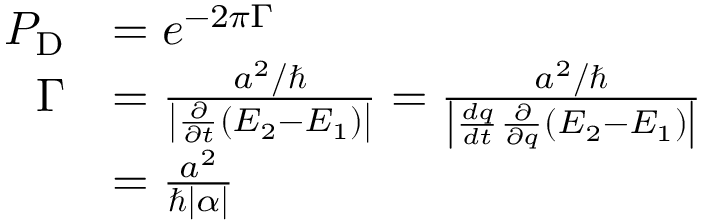
{ \begin{array} { r l } { P _ { \mathrm { { D } } } } & { = e ^ { - 2 \pi \Gamma } } \\ { \Gamma } & { = { \frac { a ^ { 2 } / \hbar } { \left| { \frac { \partial } { \partial t } } ( E _ { 2 } - E _ { 1 } ) \right| } } = { \frac { a ^ { 2 } / \hbar } { \left| { \frac { d q } { d t } } { \frac { \partial } { \partial q } } ( E _ { 2 } - E _ { 1 } ) \right| } } } \\ & { = { \frac { a ^ { 2 } } { \hbar | \alpha | } } } \end{array} }